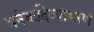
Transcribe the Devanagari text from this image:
अनेकदिव्याभरणं